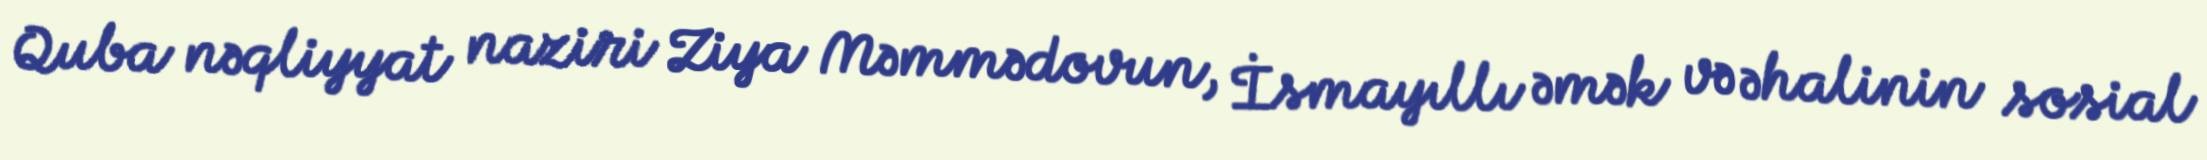
Quba nəqliyyat naziri Ziya Məmmədovun, İsmayıllı əmək və əhalinin sosial